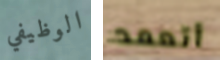
الوظيفي أتعمد